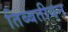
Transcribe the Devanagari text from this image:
तिब्‍बतीयन